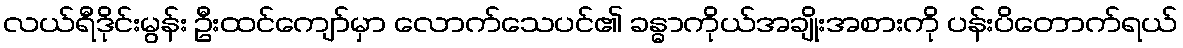
လယ်ရီဒိုင်းမွန်း ဦးထင်ကျော်မှာ လောက်သေပင်၏ ခန္ဓာကိုယ်အချိုးအစားကို ပန်းပိတောက်ရယ်